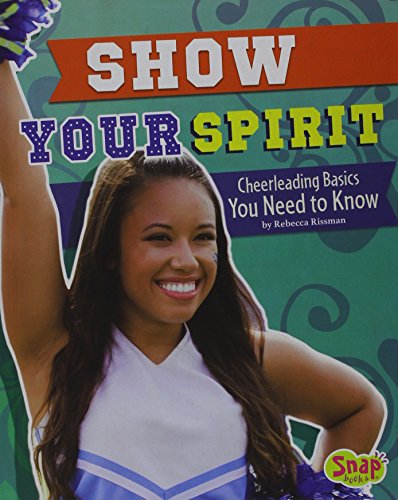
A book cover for Show Your Spirit: Cheerleading Basics You Need to Know (Cheer Spirit); Rebecca Rissman; Children's Books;